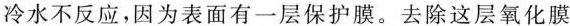
冷水不反应，因为表面有一层保护膜。去除这层氧化膜